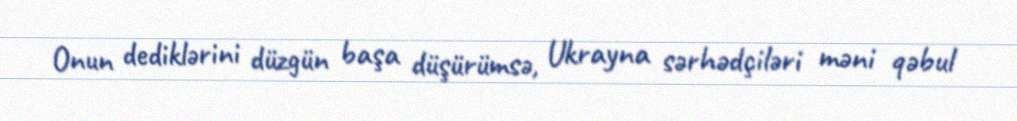
Onun dediklərini düzgün başa düşürümsə, Ukrayna sərhədçiləri məni qəbul